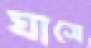
ঘাসে